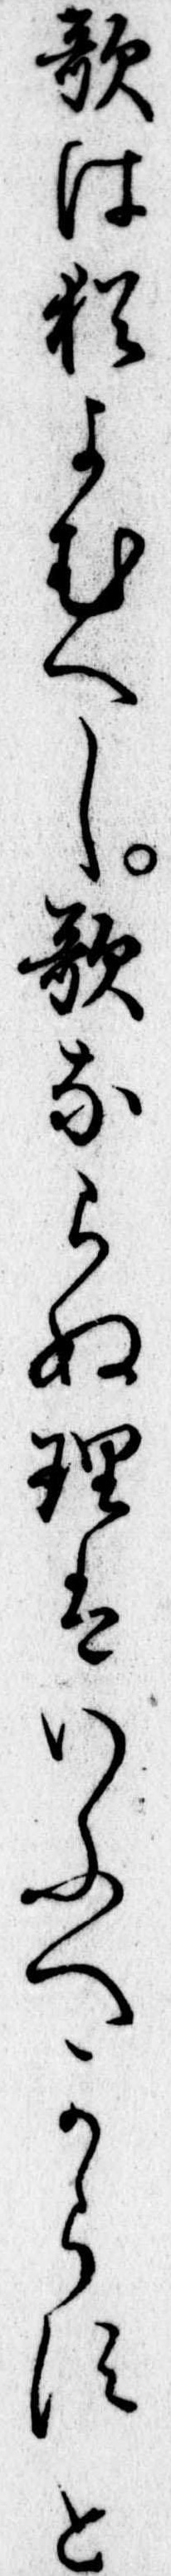
歌は猶よむへし歌ならぬ理はいふへからすと